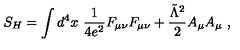
S _ { H } = \int d ^ { 4 } x \ { \frac { 1 } { 4 e ^ { 2 } } } F _ { \mu \nu } F _ { \mu \nu } + { \frac { \tilde { \Lambda } ^ { 2 } } { 2 } } A _ { \mu } A _ { \mu } \ ,